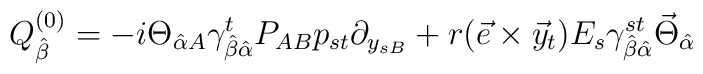
Q_{\hat{\beta}}^{(0)} = - i \Theta_{\hat{\alpha} A}\gamma^{t}_{\hat{\beta} \hat{\alpha}} P_{AB} p_{st} \partial_{y_{sB}} + r( \vec{e}\times \vec{y}_t ) E_s \gamma^{st}_{\hat{\beta} \hat{\alpha}}\vec{\Theta}_{\hat{\alpha}}